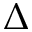
\Delta